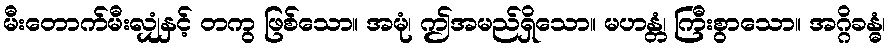
မီးတောက်မီးလျှံနှင့် တကွ ဖြစ်သော။ အမုံ၊ ဤအမည်ရှိသော။ မဟန္တံ၊ ကြီးစွာသော။ အဂ္ဂိခန္ဓံ၊